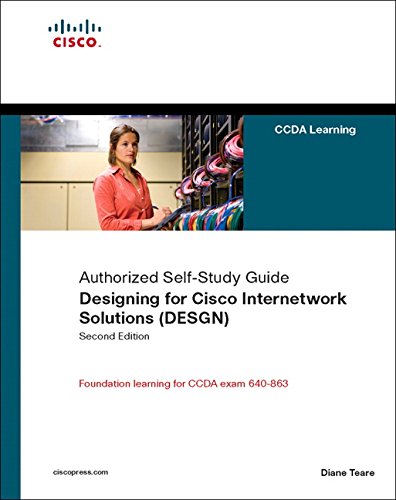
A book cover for Designing for Cisco Internetwork Solutions (DESGN) (Authorized CCDA Self-Study Guide) (Exam 640-863) (2nd Edition); Diane Teare; Computers & Technology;